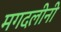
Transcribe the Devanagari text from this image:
मगदलीनी